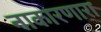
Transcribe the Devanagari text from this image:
नाकारणारा